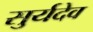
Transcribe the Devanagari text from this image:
सुर्यदेव